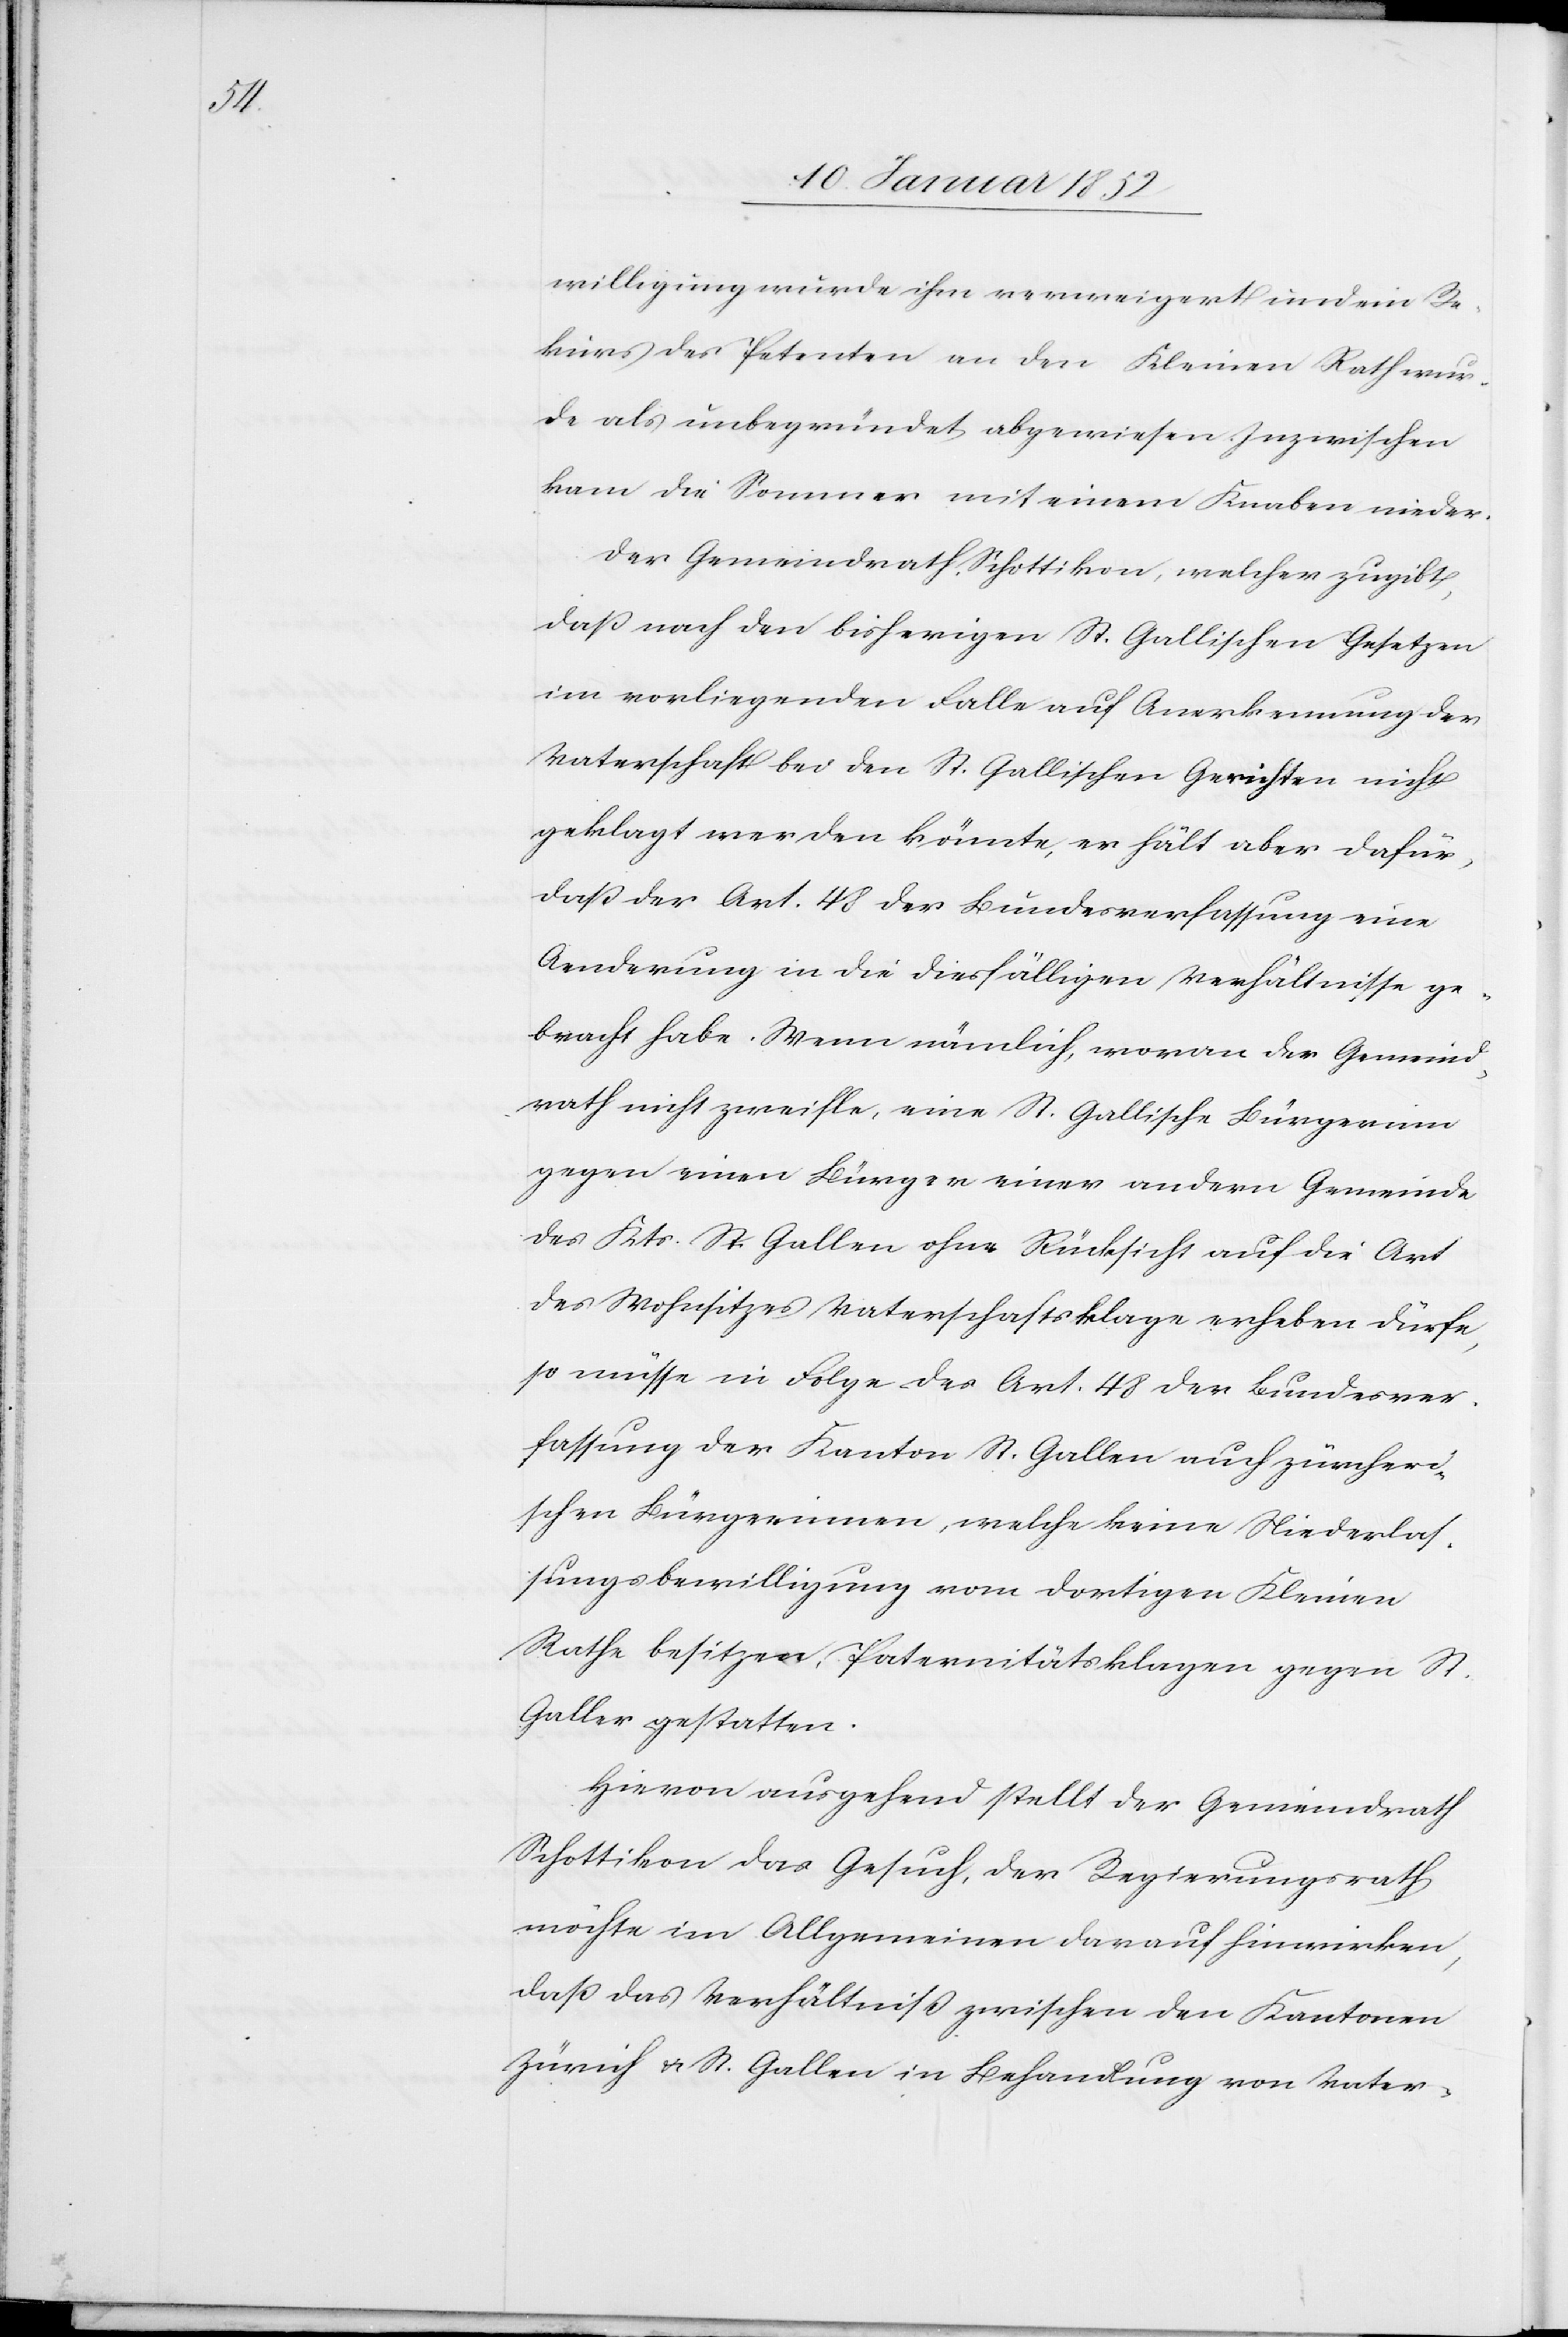
willigung wurde ihm verweigert und ein Re¬
kurs des Petenten an den Kleinen Rath wur¬
de als unbegründet abgewiesen. Inzwischen
kam die Sommer mit einem Knaben nieder.
Der Gemeinderath Schottikon, welcher zugibt,
daß nach den bisherigen St. Gallischen Gesetzen
im vorliegenden Falle auf Anerkennung der
Vaterschaft bei den St. Gallischen Gerichten nicht
geklagt werden könnte, er hält aber dafür,
daß der Art. 48 der Bundesverfassung eine
Aenderung in die dießfälligen Verhältnisse ge¬
bracht habe. Wenn nämlich, woran der Gemeind¬
rath nicht zweifle, eine St. Gallische Bürgerinn
gegen einen Bürgen einer andern Gemeinde
des Kts. St. Gallen ohne Rücksicht auf die Art
des Wohnsitzes Vaterschaftsklage erheben dürfe,
so müsse in Folge des Art. 48 der Bundesver¬
fassung der Kanton St. Gallen auch zürcheri¬
schen Bürgerinnen, welche keine Niederlas¬
sungsbewilligung vom dortigen Kleinen
Rathe besitzen, Paternitätsklagen gegen St.
Galler gestatten.
Hiervon ausgehend stellt der Gemeindrath
Schottikon das Gesuch, der Regierungsrath
möchte im Allgemeinen darauf hinwirken,
daß das Verhältniß zwischen den Kantonen
Zürich u. St. Gallen in Behandlung von Vater-